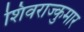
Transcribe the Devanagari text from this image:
शिवराज्कुमार